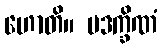
ဟောတိ။ ပဒက္ခိဏံ